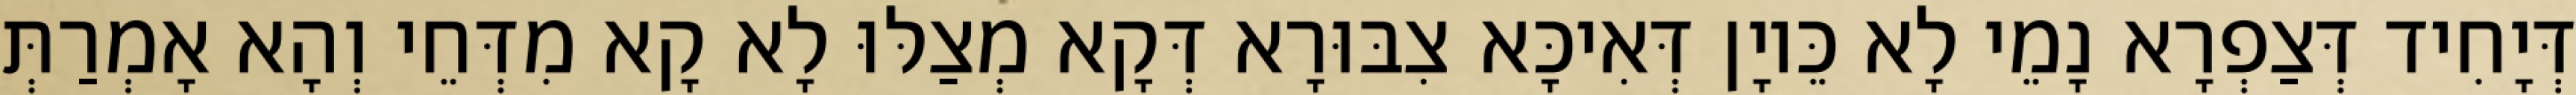
דְּיָחִיד דְּצַפְרָא נָמֵי לָא כֵּיוָן דְּאִיכָּא צִבּוּרָא דְּקָא מְצַלּוּ לָא קָא מִדְּחֵי וְהָא אָמְרַתְּ